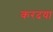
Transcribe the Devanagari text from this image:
करदया